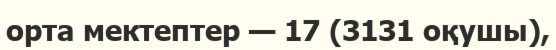
орта мектептер — 17 (3131 оқушы),